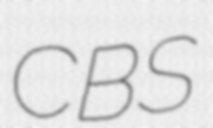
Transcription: CBS